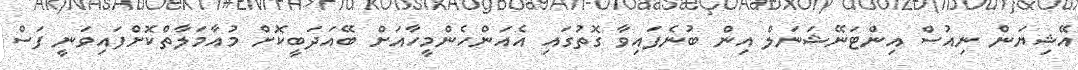
އޭޝިޔަން ނިއުސް އިންޓަނޭޝަނަލް އިން ބުނެފައިވާ ގޮތުގައި އެއަންހެންމީހާއަށް ބޭއަދަބީކޮށް މުއާމަލާތްކޮށްފައިވަނީ ފަސް